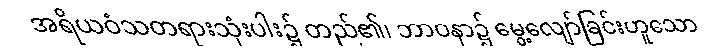
အရိယဝံသတရားသုံးပါး၌ တည်၏၊ ဘာဝနာ၌ မွေ့လျော်ခြင်းဟူသော